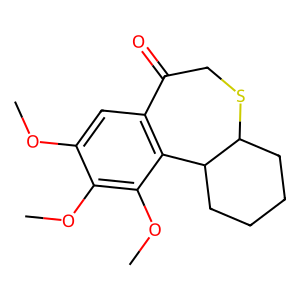
SMILES: COc1cc2c(c(OC)c1OC)C1CCCCC1SCC2=O
Inhibits HIV replication: No